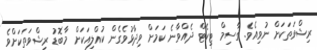
ރިޝްވަތަކަށް ނުވިއެވެ. ގާސިމް ޓިކެޓް ދެއްވާނެ ކަމަށް ވިދާޅުވެގެން ކުއްލިއަކަށް މާބޮޑު ރިޝްވަތަކަށްވެ